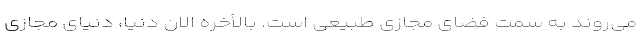
می‌روند به سمت فضای مجازی طبیعی است. بالأخره الان دنیا، دنیای مجازی